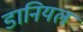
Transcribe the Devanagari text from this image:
डानियल